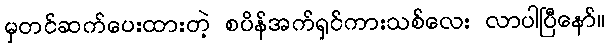
မှတင်ဆက်ပေးထားတဲ့ စပိန်အက်ရှင်ကားသစ်လေး လာပါပြီနော်။